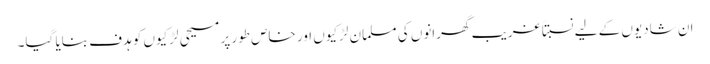
ان شادیوں کے لیے نسبتاً غریب گھرانوں کی مسلمان لڑکیوں اور خاص طور پر مسیحی لڑکیوں کو ہدف بنایا گیا۔